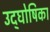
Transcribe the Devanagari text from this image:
उद्‌घोषिका